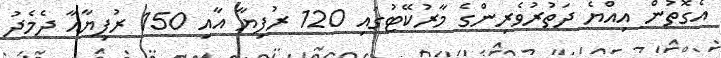
އެގޮތުން އިއްޔެ ދަތުރުވެރިންގެ މާރުކޭޓުގައި 120 ރުފިޔާ އާއި 150 ރުފިޔާއާ ދެމެދު